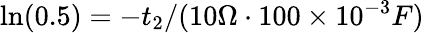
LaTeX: \ln(0.5)=-t_{2}/(10\Omega\cdot 100\times 10^{-3}F)